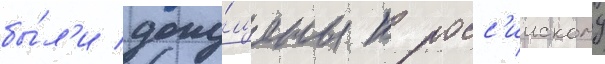
бы́л'и допу́щены к росс'иискому